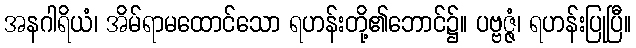
အနဂါရိယံ၊ အိမ်ရာမထောင်သော ရဟန်းတို့၏ဘောင်၌။ ပဗ္ဗဇ္ဇံ၊ ရဟန်းပြုပြီ။